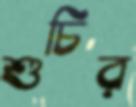
শুচির